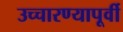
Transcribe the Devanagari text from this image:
उच्चारण्यापूर्वी